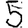
Digit: 5